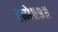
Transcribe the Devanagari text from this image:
लगे॥९॥